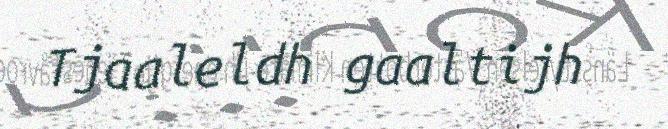
Tjaaleldh gaaltijh